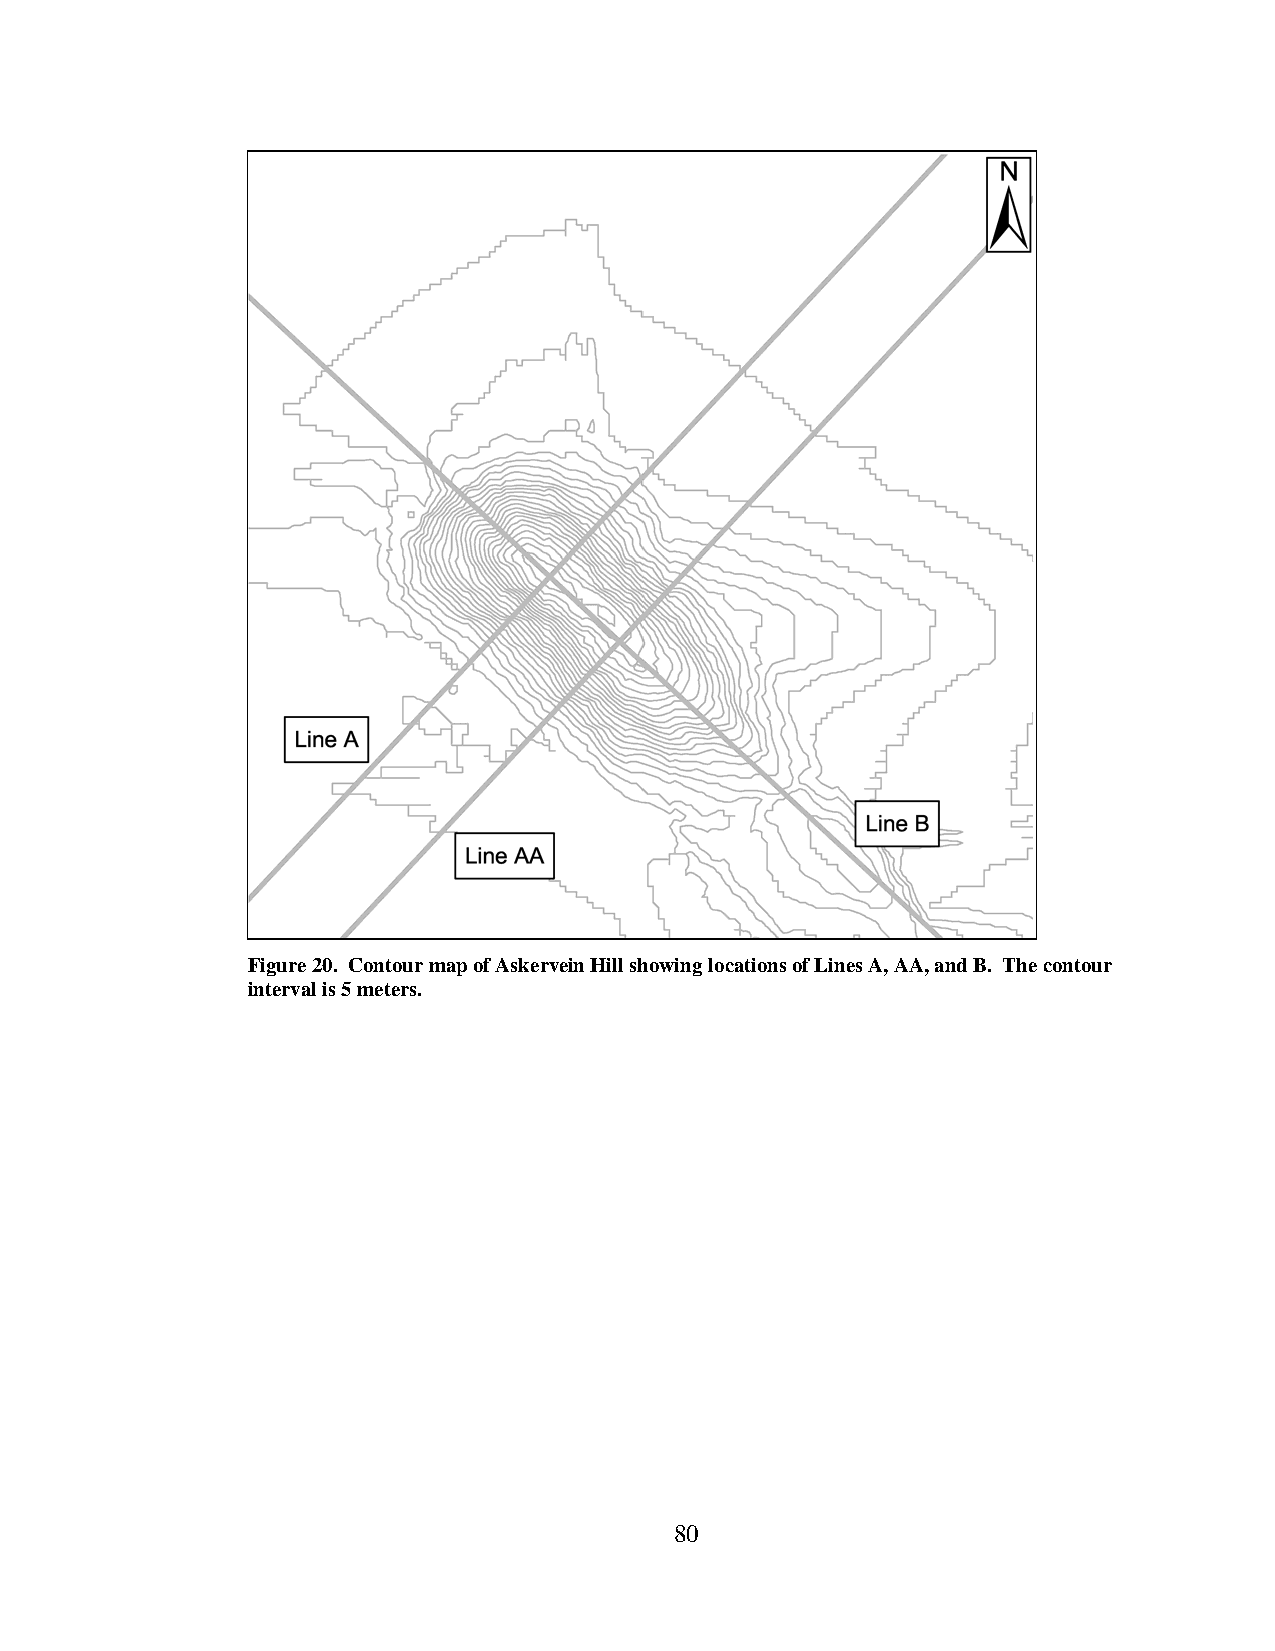
Figure 20. Contour map of Askervein Hill showing locations of Lines A, AA, and B. The contour
 interval is 5 meters.
 80